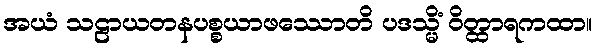
အယံ သဠာယတနပစ္စယာဖဿောတိ ပဒသ္မိံ ဝိတ္ထာရကထာ။